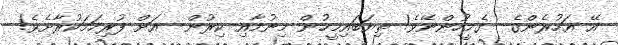
އޭ އަހުރެންގެ  ގެމީހުންނޭވެ! ތިޔަބައިމީހުން މިނުމާއި ކިރުން  އަށް ފުރިހަމަކުރާށެވެ!